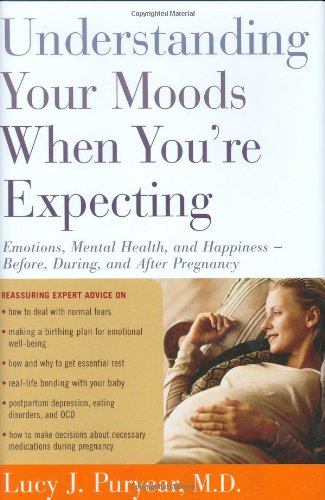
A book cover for Understanding Your Moods When You're Expecting: Emotions, Mental Health, and Happiness -- Before, During, and After Pregnancy; Lucy J. Puryear; Health, Fitness & Dieting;